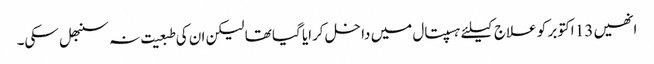
انھیں 13 اکتوبر کو علاج کیلئے ہسپتال میں داخل کرایا گیا تھا لیکن ان کی طبعیت نہ سنبھل سکی۔